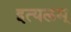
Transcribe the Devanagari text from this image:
इत्यलम्